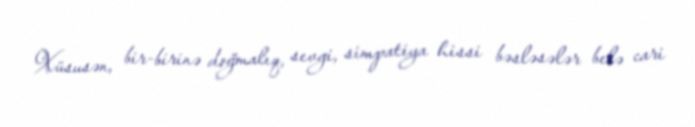
Xüsusən, bir-birinə doğmalıq, sevgi, simpatiya hissi bəsləsələr belə cari